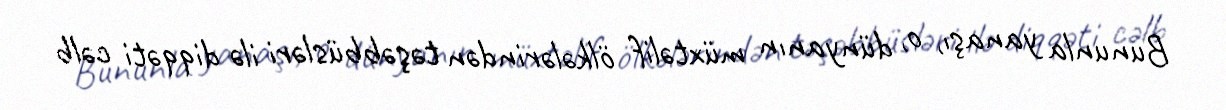
Bununla yanaşı, o, dünyanın müxtəlif ölkələrindən təşəbbüsləri ilə diqqəti cəlb